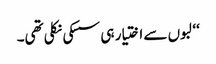
‘‘ لبوں سے اختیار ہی سسکی نکلی تھی۔